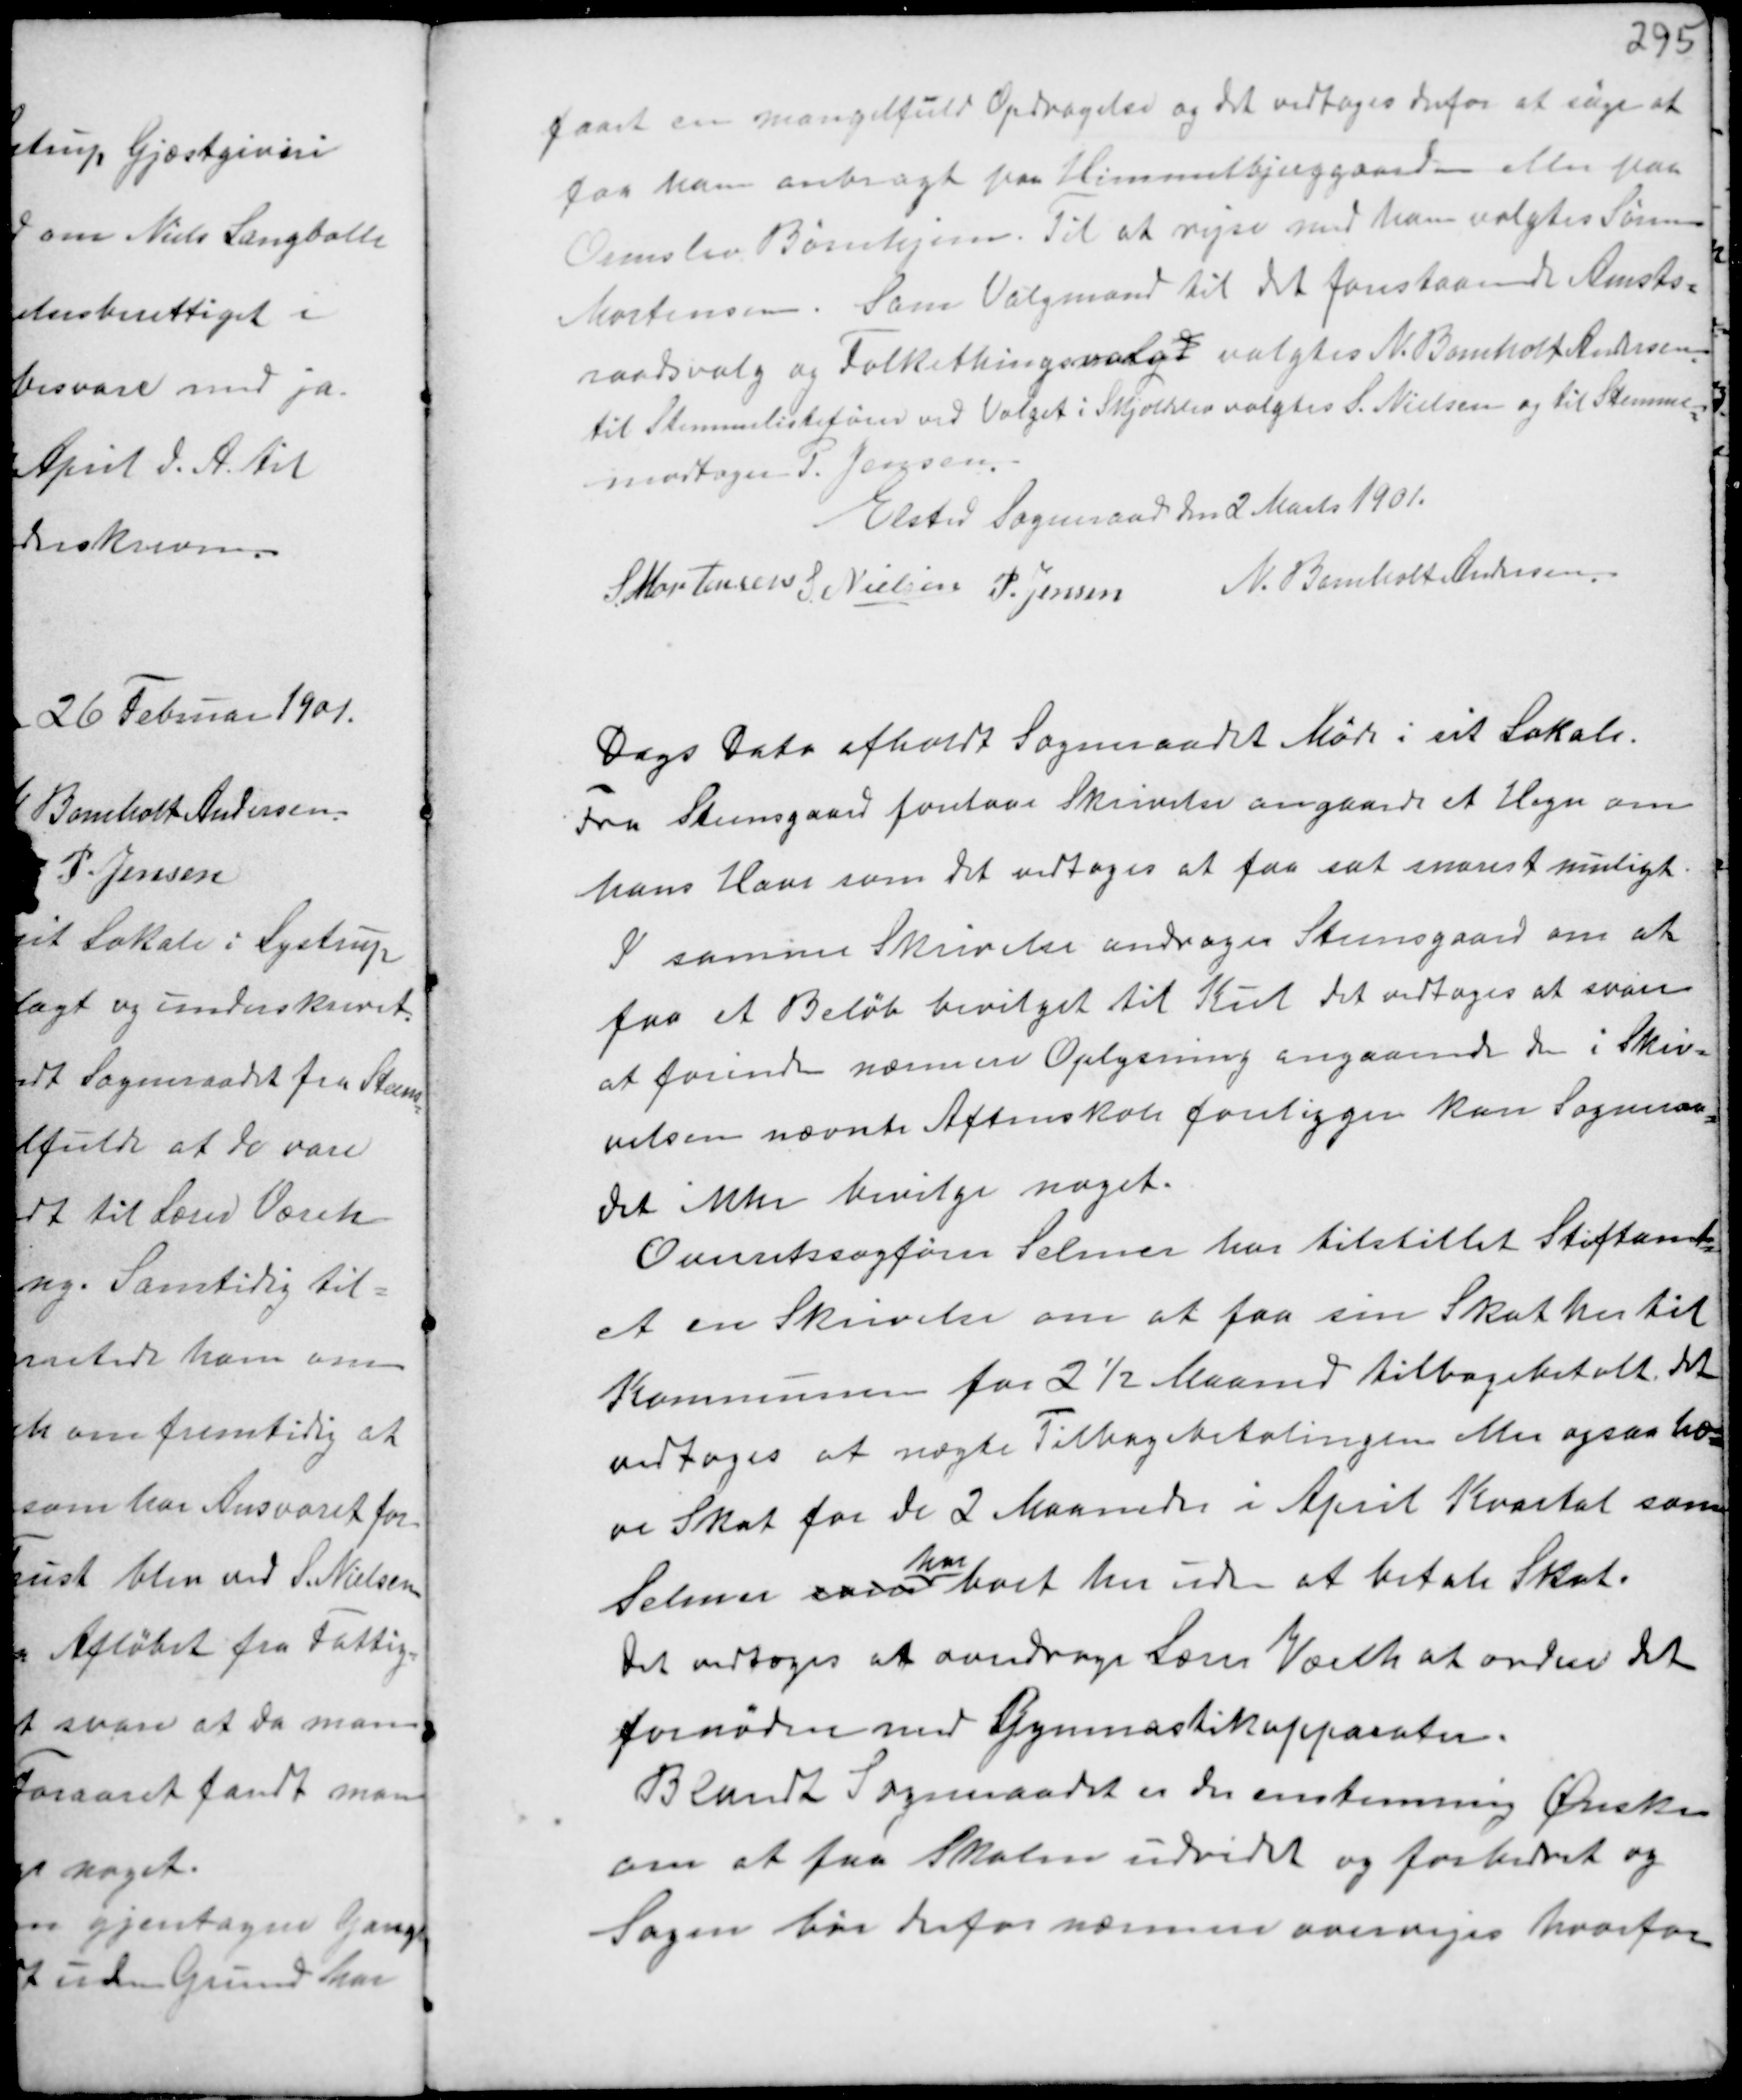
Transskription:
faaet en mangelfuld Opdragelse og det vedtoges derfor at søge at
faa ham anbragt paa Himmelbjerggaarden eller paa
Ormslev Børnehjem. Til at rejse med ham valgtes Søren
Mortensen. Som Valgmand til det forestaaende Amts-
raadsvalg og Folkethingsvalgt valgtes N. Bomholt Andersen
til Stemmelistefører ved Valget i Skjoldelev valgtes S. Nielsen og til Stemme-
modtager P. Jensen.
Elsted Sogneraad den 2 Marts 1901.
S. Mortensen S. Nielsen P. Jensen N. Bomholt Andersen.

Dags Dato afholdt Sogneraadet Møde i sit Lokale.
Fra Steensgaard forelaa Skrivelse angaaende et Hegn om
hans Have som det vedtoges at faa sat snarest muligt.
I samme Skrivelse andrager Steensgaard om at
faa et Beløb bevilget til Kul det vedtoges at svare
at forinden nærmere Oplysning angaaende den i Skriv-
velsen nævnte Aftenskole foreligger kan Sogneraa-
det ikke bevilge noget.
Overretssagfører Selmer har tilstillet Stiftamt-
et en Skrivelse om at faa sin Skat hertil
Kommunen for 2½ Maaned tilbagebetalt. det
vedtoges at nægte Tilbagebetalingen Mu ogsaa ha-
ve Skat for de 2 Maaneder i April Kvartal som
Selmer som
har
boet her uden at betale Skat.
Det vedtoges at overdrage Lærer Wæreh at ordne det
fornødne med Gymnastikapparater.
Blandt Sogneraadet er der enstemmig Ønsker
om at faa Skolen udvidet og forbedret og
Sagen bør derfor nærmere overvejes hvorfor